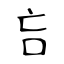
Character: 吂